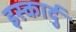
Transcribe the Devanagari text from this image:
इस्कार्दु